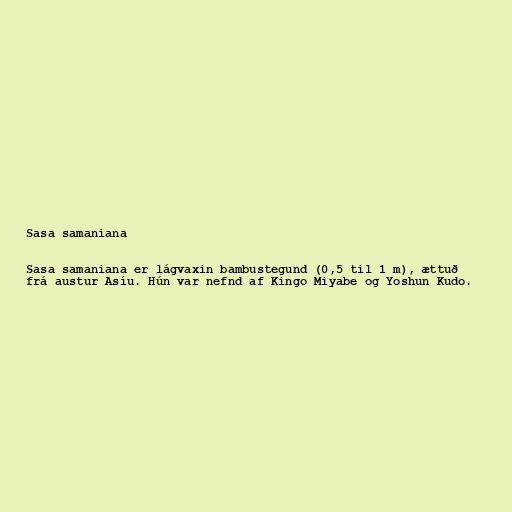
Sasa samaniana

Sasa samaniana er lágvaxin bambustegund (0,5 til 1 m), ættuð
frá austur Asíu. Hún var nefnd af Kingo Miyabe og Yoshun Kudo.